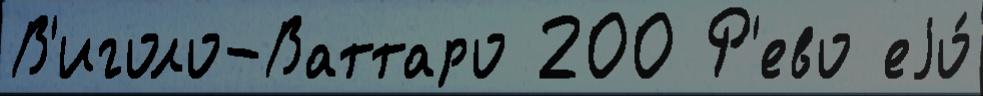
В'иголо-Ваттаро 200 Р'ево еjо́